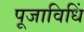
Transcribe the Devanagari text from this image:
पूजाविधिं